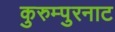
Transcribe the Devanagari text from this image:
कुरुम्पुरनाट